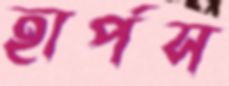
হার্পস